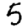
Digit: 5